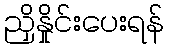
ညှိနှိုင်းပေးရန်